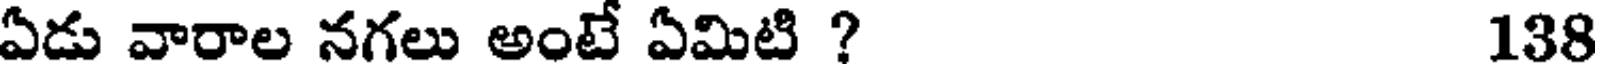
ఏడు వారాల నగలు అంటే ఏమిటి ? 138